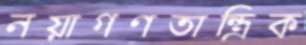
নয়াগণতান্ত্রিক